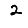
Digit: 2